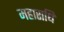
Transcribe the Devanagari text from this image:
महाराधि